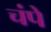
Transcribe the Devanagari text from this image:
चंपे